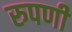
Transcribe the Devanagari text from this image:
रुपणी